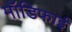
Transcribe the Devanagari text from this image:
मॉडिफाई